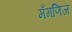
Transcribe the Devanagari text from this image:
मँगणिज